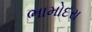
ભામોદરા